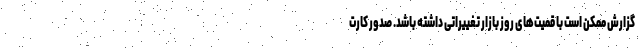
گزارش ممکن است با قمیت‌های روز بازار تغییراتی داشته باشد. صدور کارت